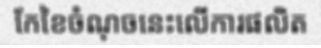
កែខៃចំណុចនេះលើការផលិត